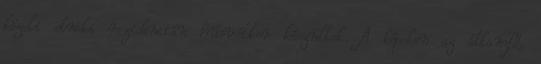
közeli elnöki rezidencián húsvétkor készültek. A képeken az államfő,